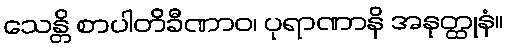
သေန္တိ စာပါတိခီဏာဝ၊ ပုရာဏာနိ အနုတ္ထုနံ။